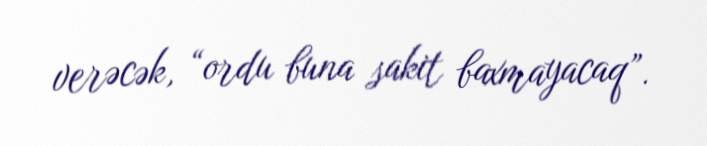
verəcək, “ordu buna sakit baxmayacaq”.